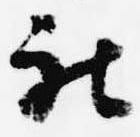
被